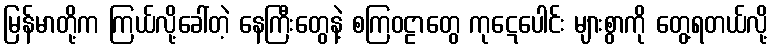
မြန်မာတို့က ကြယ်လို့ခေါ်တဲ့ နေကြီးတွေနဲ့ စကြဝဠာတွေ ကုဋေပေါင်း များစွာကို တွေ့ရတယ်လို့